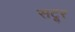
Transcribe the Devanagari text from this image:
सटूर